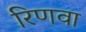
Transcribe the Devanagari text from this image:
रिणवा